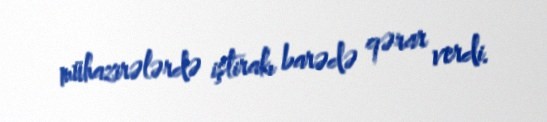
mühazirələrdə iştirakı barədə qərar verdi.